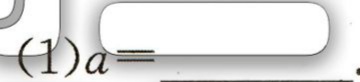
(1)\(a = \underline{\quad\quad}\)